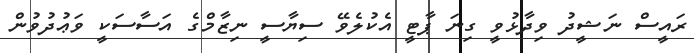
ރައީސް ނަޝީދު ވިދާޅުވީ ގިނަ ޕާޓީ އެކުލެވޭ ސިޔާސީ ނިޒާމްގެ އަސާސަކީ ވަޢުދުވުން